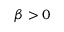
\beta > 0